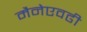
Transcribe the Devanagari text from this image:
मैनेएवढी